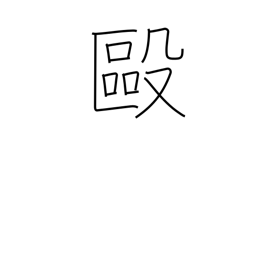
Meaning: brawl